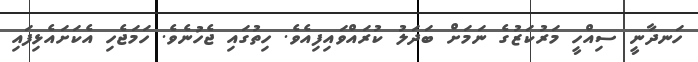
ހަނދާނީ ސިއްހީ މަރުކަޒުގެ ނަމަށް ބަދަލު ކުރައްވައިފިއެވެ. ހިތުގައި ޖެހުނެވެ. ހަމަޖެހި އެކަށައެޅިފައި